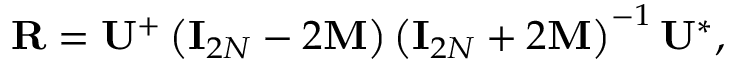
{ \bf R } = { \bf U } ^ { + } \left( { \bf I } _ { 2 N } - 2 { \bf M } \right) \left( { \bf I } _ { 2 N } + 2 { \bf M } \right) ^ { - 1 } { \bf U } ^ { * } ,